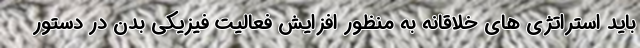
باید استراتژی های خلاقانه به منظور افزایش فعالیت فیزیکی بدن در دستور